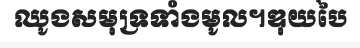
ឈូងសមុទ្រទាំងមូល។ឌុយបៃ